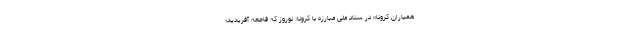
همیاران کرونا» در ستاد ملی مبارزه با کرونا: نوروز که فاجعه آفریدید؛